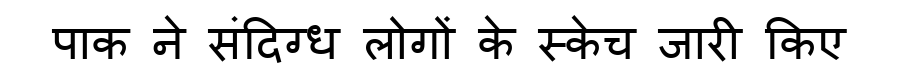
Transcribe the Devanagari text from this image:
पाक ने संदिग्ध लोगों के स्केच जारी किए